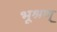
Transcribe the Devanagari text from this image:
भूश्रण्